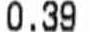
0.39